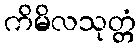
ကိမိလသုတ္တံ